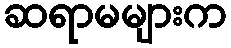
ဆရာမများက